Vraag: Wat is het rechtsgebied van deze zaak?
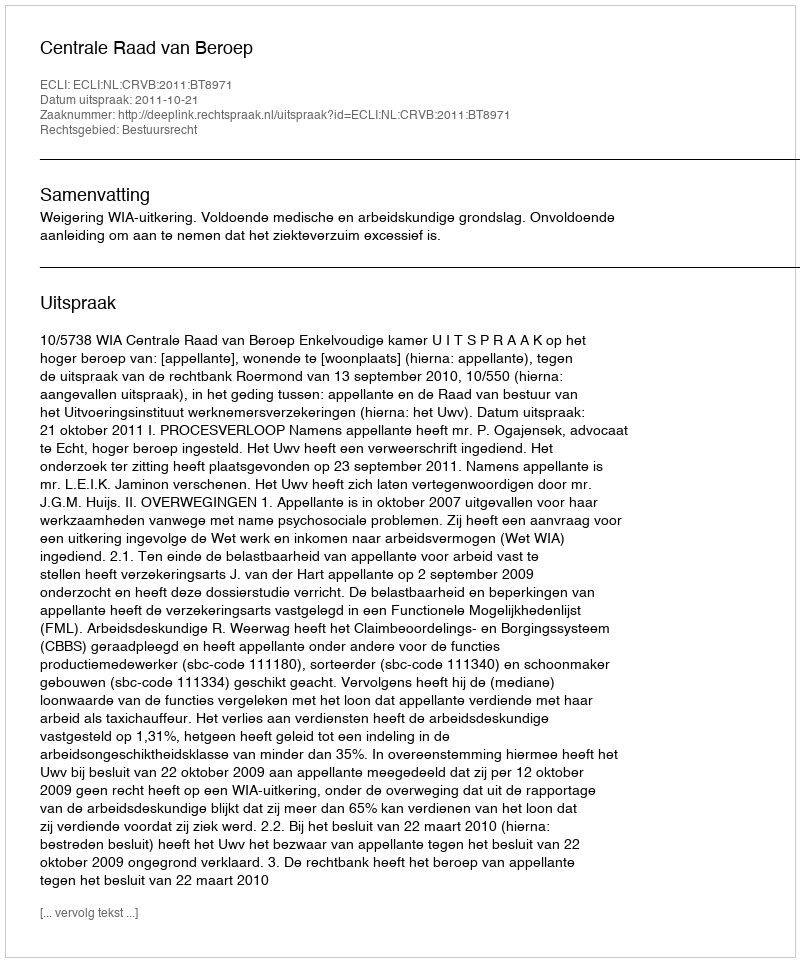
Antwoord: Bestuursrecht